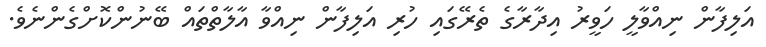
އަލިފާން ނިއްވާލީ ހަވީރު އިދާރާގެ ތެރޭގައި ހުރި އަލިފާން ނިއްވާ އާލާތްތައް ބޭނުންކޮށްގެންނެވެ.